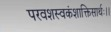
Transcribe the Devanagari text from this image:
परवशस्वकंशाक्तिसार्थः।।